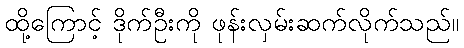
ထို့ကြောင့် ဒိုက်ဦးကို ဖုန်းလှမ်းဆက်လိုက်သည်။